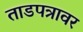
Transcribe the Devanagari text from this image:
ताडपत्रावर